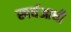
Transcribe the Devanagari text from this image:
स्पर्धआधी